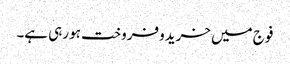
فوج میں خریدو فروخت ہو رہی ہے۔